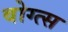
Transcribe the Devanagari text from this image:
वोग्त्स